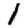
Digit: 1